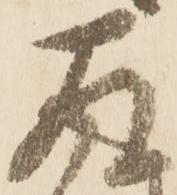
存